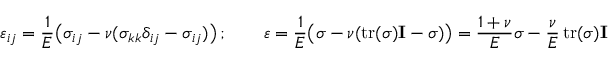
\varepsilon _ { i j } = { \frac { 1 } { E } } { \big ( } \sigma _ { i j } - \nu ( \sigma _ { k k } \delta _ { i j } - \sigma _ { i j } ) { \big ) } \, ; \qquad { \boldsymbol { \varepsilon } } = { \frac { 1 } { E } } { \big ( } { \boldsymbol { \sigma } } - \nu ( \operatorname { t r } ( { \boldsymbol { \sigma } } ) \mathbf { I } - { \boldsymbol { \sigma } } ) { \big ) } = { \frac { 1 + \nu } { E } } { \boldsymbol { \sigma } } - { \frac { \nu } { E } } \operatorname { t r } ( { \boldsymbol { \sigma } } ) \mathbf { I }